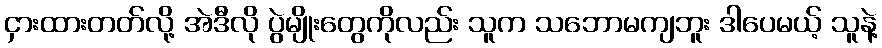
ငှားထားတတ်လို့ အဲဒီလို ပွဲမျိုးတွေကိုလည်း သူက သဘောမကျဘူး ဒါပေမယ့် သူနဲ့